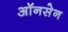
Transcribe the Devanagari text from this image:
ऑनसेन